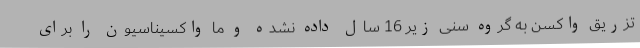
تزریق واکسن به گروه سنی زیر 16 سال داده نشده و ما واکسیناسیون را برای